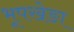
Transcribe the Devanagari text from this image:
भूपखेङा